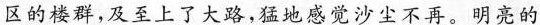
区的楼群，及至上了大路，猛地感觉沙尘不再。明亮的